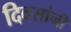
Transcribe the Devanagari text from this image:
दिवसांनीं